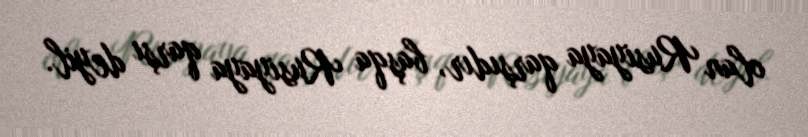
olan Rusiyaya qarşıdır, başqa Rusiyaya qarşı deyil.